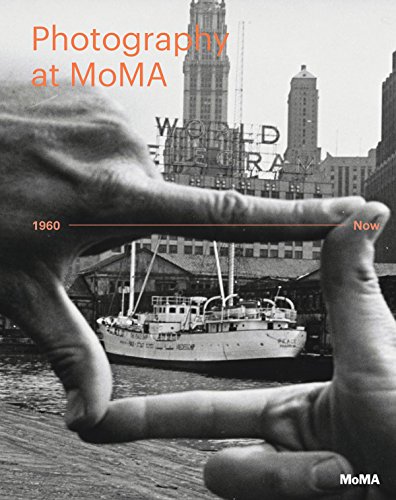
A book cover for Photography at MoMA: 1960 to Now; Arts & Photography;